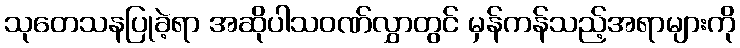
သုတေသနပြုခဲ့ရာ အဆိုပါသဝဏ်လွှာတွင် မှန်ကန်သည့်အရာများကို